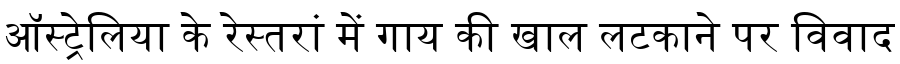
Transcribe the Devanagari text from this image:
ऑस्ट्रेलिया के रेस्तरां में गाय की खाल लटकाने पर विवाद